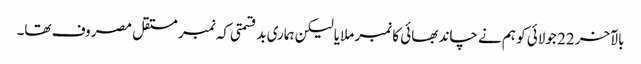
بالآخر 22 جولائی کو ہم نے چاند بھائی کا نمبر ملایا لیکن ہماری بدقسمتی کہ نمبر مستقل مصروف تھا۔